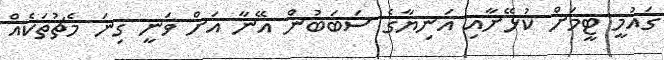
ގައުމީ ޓީމަށް ކުޅޭށާއި އަނިޔާގެ ސަބަބުން އޭނާ އަށް ވަނީ ގިނަ މެޗުތަކެއް